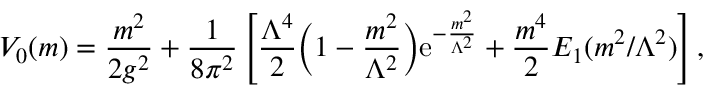
V _ { 0 } ( m ) = { \frac { m ^ { 2 } } { 2 g ^ { 2 } } } + { \frac { 1 } { 8 \pi ^ { 2 } } } \left[ { \frac { \Lambda ^ { 4 } } { 2 } } \Bigl ( 1 - { \frac { m ^ { 2 } } { \Lambda ^ { 2 } } } \Bigr ) { \mathrm { e } } ^ { - { \frac { m ^ { 2 } } { \Lambda ^ { 2 } } } } + { \frac { m ^ { 4 } } { 2 } } E _ { 1 } ( { m ^ { 2 } / \Lambda ^ { 2 } } ) \right] ,